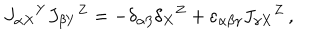
J _ { \alpha X } { } ^ { Y } J _ { \beta Y } { } ^ { Z } = - \delta _ { \alpha \beta } \delta _ { X } { } ^ { Z } + \varepsilon _ { \alpha \beta \gamma } J _ { \gamma X } { } ^ { Z } \, ,